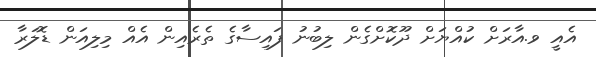
އެއީ ވ.އާރަށް ކުއްޔަށް ދޫކޮށްގެން ލިބުނު ފައިސާގެ ތެރެއިން އެއް މިލިއަން ޑޮލަރާ